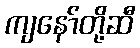
ကျနော်တို့ဆီ